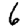
Digit: 6